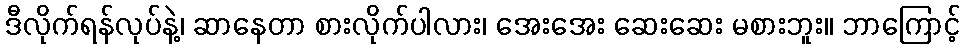
ဒီလိုက်ရန်လုပ်နဲ့၊ ဆာနေတာ စားလိုက်ပါလား၊ အေးအေး ဆေးဆေး မစားဘူး။ ဘာကြောင့်